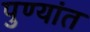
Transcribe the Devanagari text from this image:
पुण्यांत